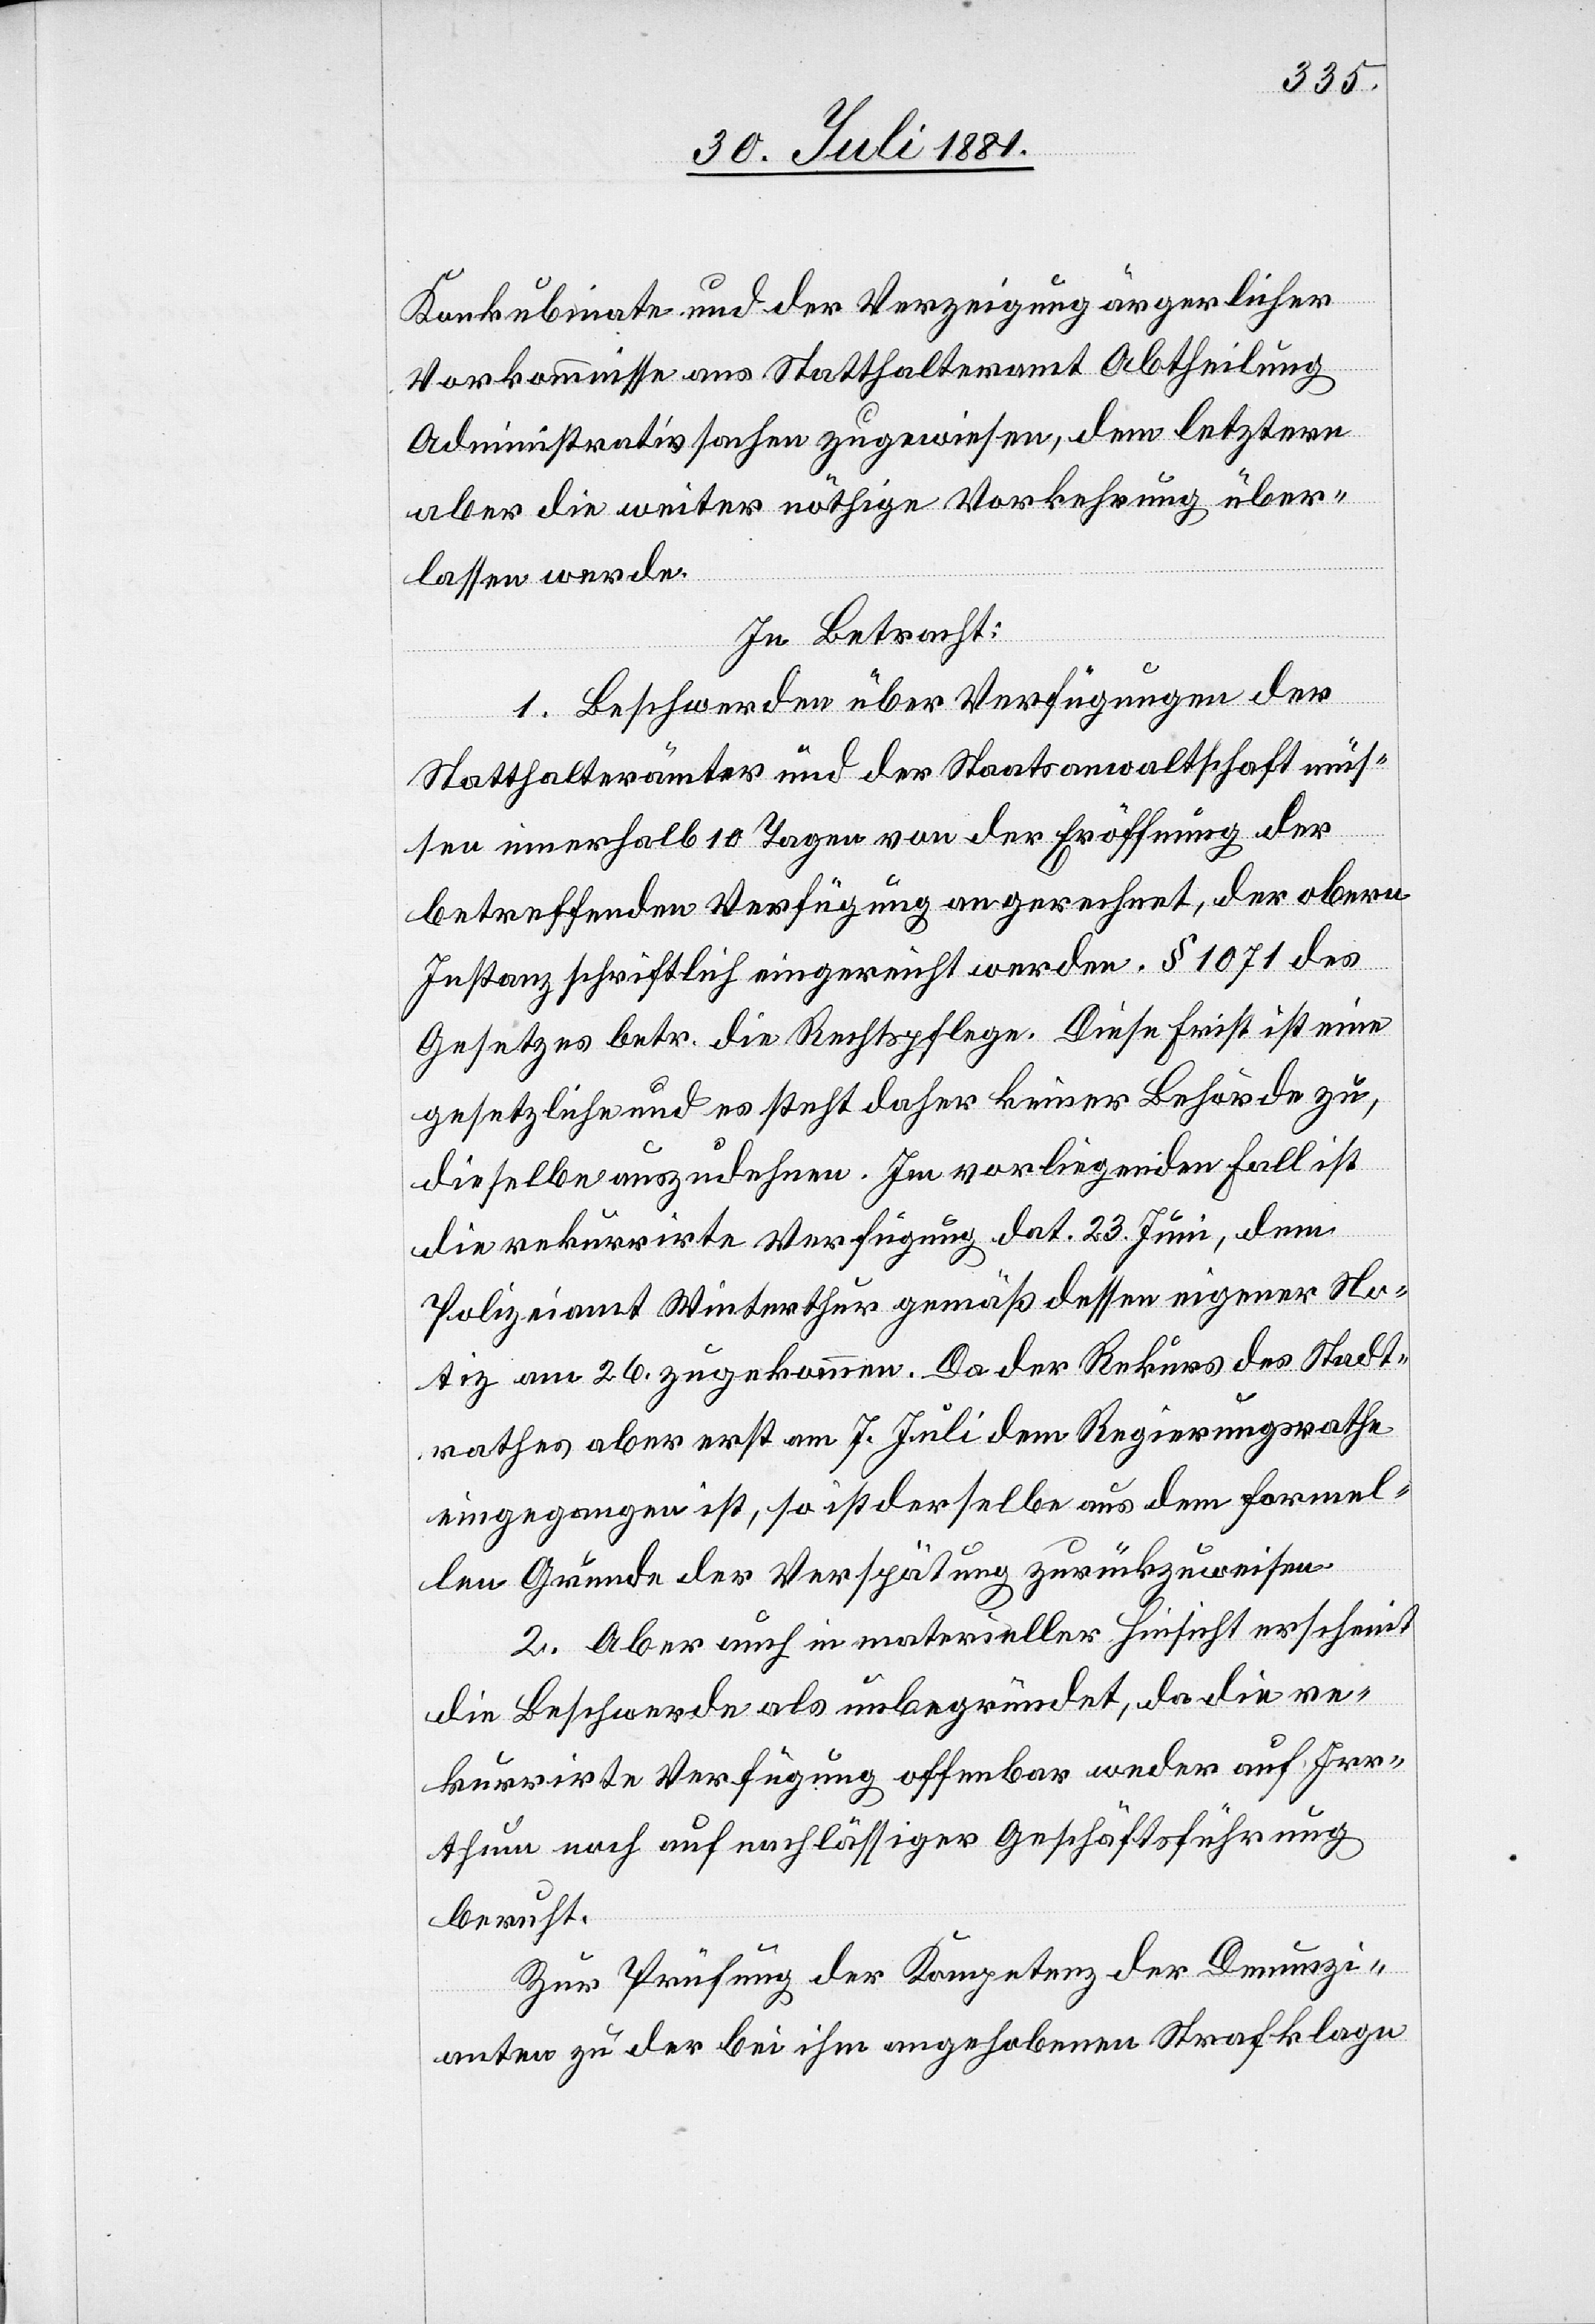
Konkubinate und der Verzeigung ärgerlicher
Vorkommnisse ans Statthalteramt Abtheilung
Administrativsachen zugewiesen, dem letztern
aber die weiter nöthige Vorkehrung über¬
lassen werde.
In Betracht:
1. Beschwerden über Verfügungen der
Statthalterämter und der Staatsanwaltschaft müs¬
sen innerhalb 10 Tagen von der Eröffnung der
betreffenden Verfügung an gerechnet, der obern
Instanz schriftlich eingereicht werden. § 1071 des
Gesetzes betr. die Rechtspflege. Diese Frist ist eine
gesetzliche und es steht daher keiner Behörde zu,
dieselbe auszudehnen. Im vorliegenden Fall ist
die rekurrirte Verfügung dat. 23. Juni, dem
Polizeiamt Winterthur gemäß dessen eigener No¬
tiz am 26. zugekommen. Da der Rekurs des Stadt¬
rathes aber erst am 7. Juli dem Regierungsrathe
eingegangen ist, so ist derselbe aus dem formel¬
len Grunde der Verspätung zurückzuweisen.
2. Aber auch in materieller Hinsicht erscheint
die Beschwerde als unbegründet, da die re¬
kurrirte Verfügung offenbar weder auf Irr¬
thum noch auf nachlässiger Geschäftsführung
beruht.
Zur Prüfung der Kompetenz der Denunzi¬
anten zu der bei ihm angehobenn Strafklage